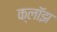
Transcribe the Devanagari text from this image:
क्लॉझ